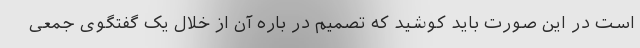
است در این صورت باید کوشید که تصمیم در باره آن از خلال یک گفتگوی جمعی